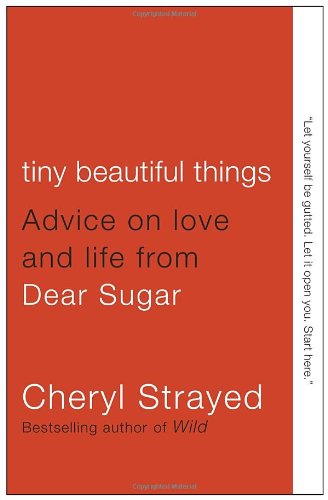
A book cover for Tiny Beautiful Things: Advice on Love and Life from Dear Sugar; Cheryl Strayed; Health, Fitness & Dieting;